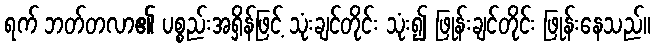
ရက် ဘတ်တလာ၏ ပစ္စည်းအရှိန်ဖြင့် သုံးချင်တိုင်း သုံး၍ ဖြုန်းချင်တိုင်း ဖြုန်းနေသည်။